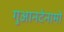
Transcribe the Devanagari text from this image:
गुआनटेनामो